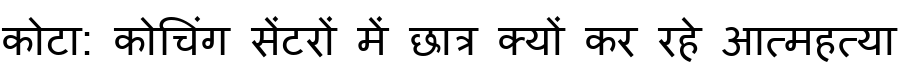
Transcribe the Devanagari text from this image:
कोटा: कोचिंग सेंटरों में छात्र क्यों कर रहे आत्महत्या